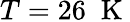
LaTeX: T=26\; \mathrm{~K~}